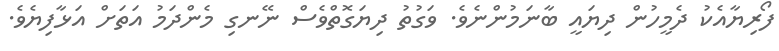
ފޯރިޔާއެކު ދެމީހުން ދިޔައީ ބާނަމުންނެވެ. ވަގުތު ދިޔަގޮތްވެސް ނޭނގި މެންދަމު އަތަށް އަޅާފިޔެވެ.